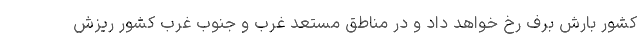
کشور بارش برف رخ خواهد داد و در مناطق مستعد غرب و جنوب غرب کشور ریزش